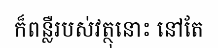
ក៏ពន្លឺរបស់វត្ថុនោះ នៅតែ